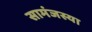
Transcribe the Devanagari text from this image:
सामंजस्या